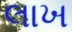
લાખ